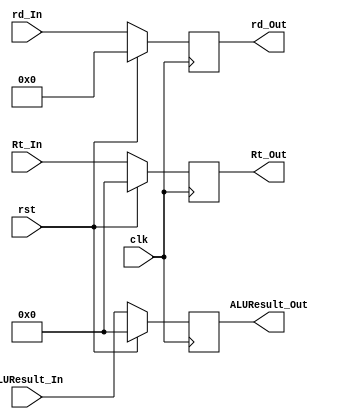
module EX_MEM_Register(
 output reg [31:0] Rt_Out,
 output reg [4:0] rd_Out,
 output reg [31:0] ALUResult_Out,
 input clk,
 input rst,
 input [31:0] Rt_In,
 input [4:0] rd_In,
 input [31:0] ALUResult_In
);

always@(posedge clk) begin
if(rst==1) begin
 Rt_Out <= 0;
 rd_Out <= 0;
 ALUResult_Out <= 0;
end

else begin
 Rt_Out <= Rt_In;
 rd_Out <= rd_In;
 ALUResult_Out <= ALUResult_In;
end

end
endmodule